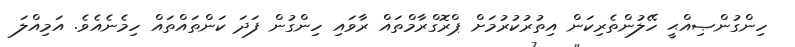
ހިންގުންޞިއްޙީ ހޭލުންތެރިކަން އިތުރުކުރުމަށް ޕްރޮގްރާމްތައް ރާވައި ހިންގުން ފަދަ ކަންތައްތައް ހިމެނެއެވެ. އަމިއްލަ